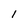
Character: l